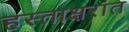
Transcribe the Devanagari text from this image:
हस्ताक्षरांत